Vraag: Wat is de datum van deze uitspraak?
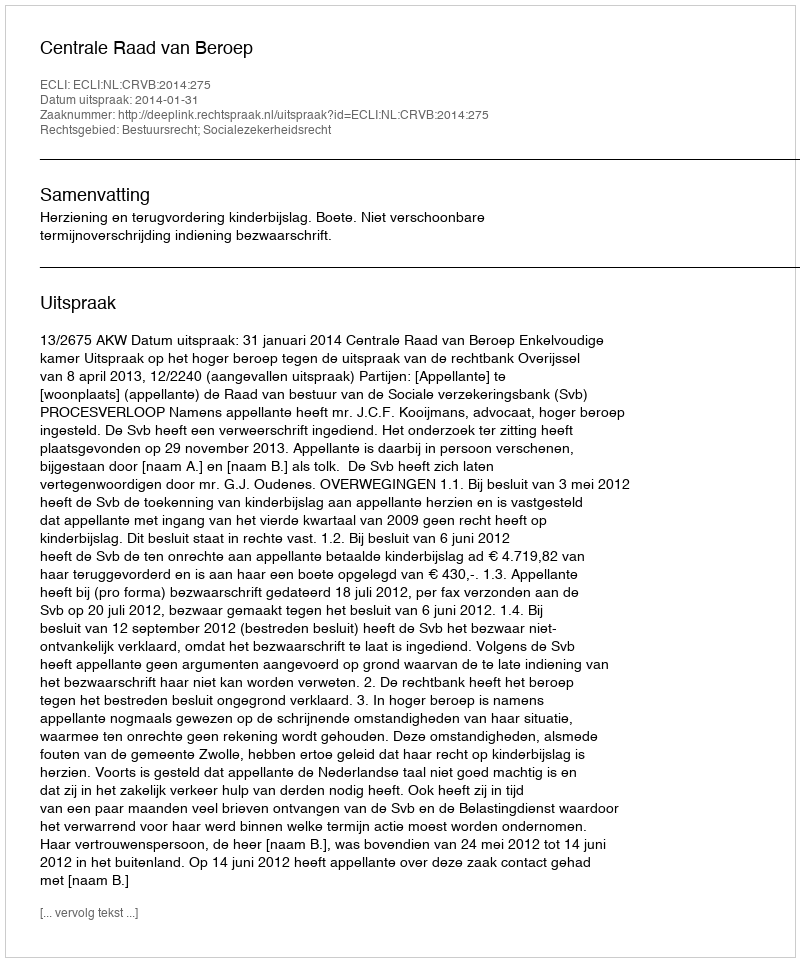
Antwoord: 2014-01-31